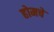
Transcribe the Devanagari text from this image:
होमचे